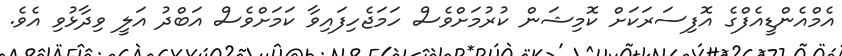
އެމްއެންޑީއެފްގެ އޮފިސަރަކަށް ކޮމިޝަން ކުރުމަށްވެސް ހަމަޖެހިފައިވާ ކަމަށްވެސް އަބްދު އަލީ ވިދާޅުވި އެވެ.